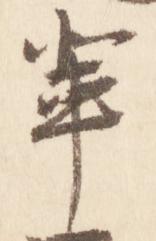
輩